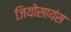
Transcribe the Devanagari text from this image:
जियोसायंस